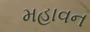
મહાવન